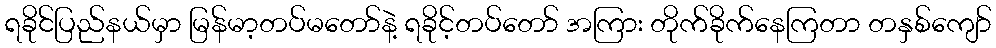
ရခိုင်ပြည်နယ်မှာ မြန်မာ့တပ်မတော်နဲ့ ရခိုင့်တပ်တော် အကြား တိုက်ခိုက်နေကြတာ တနှစ်ကျော်